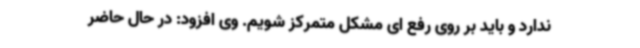
ندارد و باید بر روی رفع ای مشکل متمرکز شویم. وی افزود: در حال حاضر